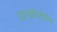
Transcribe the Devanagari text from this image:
एल्डोस्टेरोन